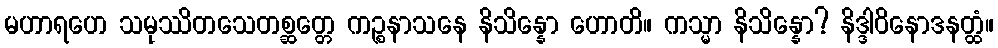
မဟာရဟေ သမုဿိတသေတစ္ဆတ္တေ ကဉ္စနာသနေ နိသိန္နော ဟောတိ။ ကသ္မာ နိသိန္နော? နိဒ္ဒါဝိနောဒနတ္ထံ။